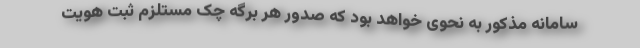
سامانه مذکور به نحوی خواهد بود که صدور هر برگه چک مستلزم ثبت هویت